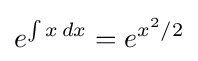
e^{\int x\,dx}=e^{x^{2}/2}